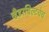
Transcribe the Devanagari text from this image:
व्हँडरबिल्टचेच